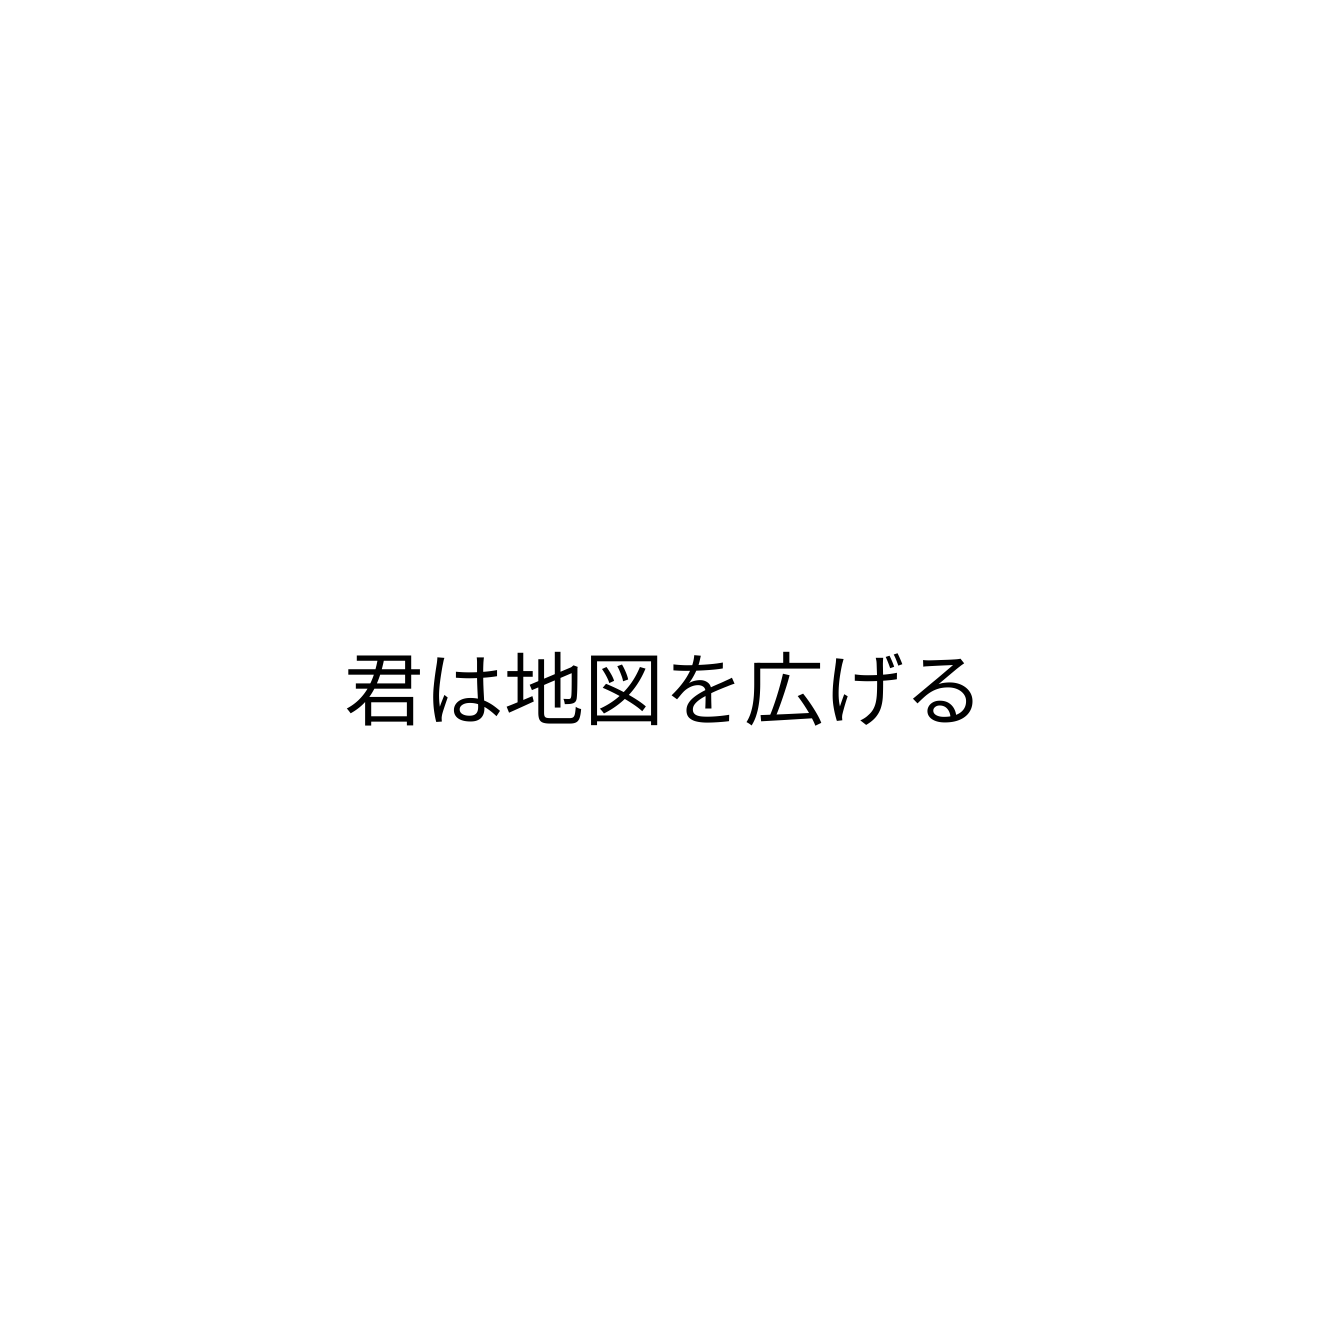
君は地図を広げる